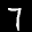
Label: 7